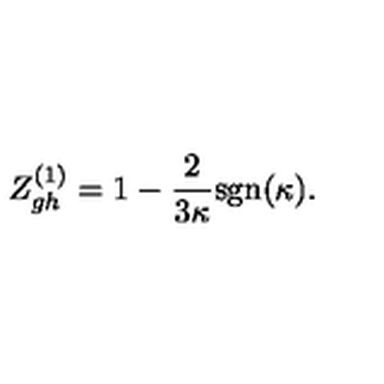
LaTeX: Z _ { g h } ^ { ( 1 ) } = 1 - \frac { 2 } { 3 \kappa } \mathrm { s g n } ( \kappa ) .